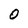
Character: O